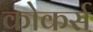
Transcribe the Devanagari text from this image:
कोकर्स